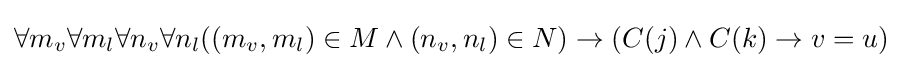
\forall m_{v}\forall m_{l}\forall n_{v}\forall n_{l}((m_{v},m_{l})\in M\land (n_{v},n_{l})\in N)\to (C(j)\land C(k)\to v=u)